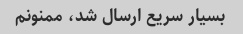
بسیار سریع ارسال شد، ممنونم